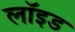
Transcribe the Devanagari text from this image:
लाॅइड